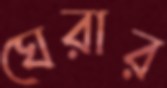
ঘেরার